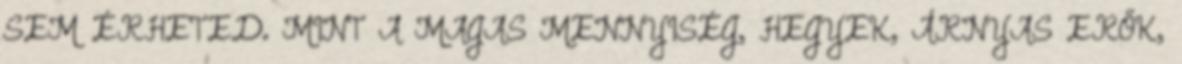
SEM ÉRHETED. MINT A MAGAS MENNYISÉG, HEGYEK, ÁRNYAS ERŐK,